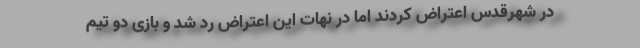
در شهرقدس اعتراض کردند اما در نهات این اعتراض رد شد و بازی دو تیم